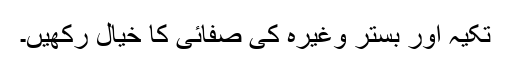
تکیہ اور بستر وغیرہ کی صفائی کا خیال رکھیں۔